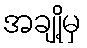
အချို့မှ